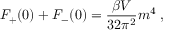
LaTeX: F _ { + } ( 0 ) + F _ { - } ( 0 ) = \frac { \beta V } { 3 2 \pi ^ { 2 } } m ^ { 4 } \; ,